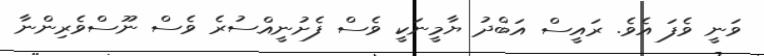
ވަނީ ވެފަ އެވެ. ރައީސް އަބްދު ޔާމީނަކީ ވެސް ފެށުނީއްސުރެ ވެސް ނޫސްވެރިންނާ